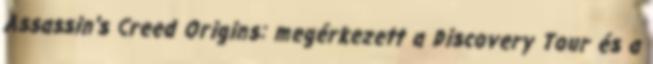
Assassin's Creed​ Origins: megérkezett a Discovery Tour és a